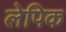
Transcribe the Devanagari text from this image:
लेपिक